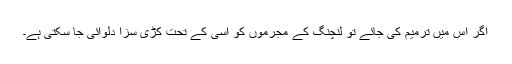
اگر اس میں ترمیم کی جائے تو لنچنگ کے مجرموں کو اسی کے تحت کڑی سزا دلوائی جا سکتی ہے۔